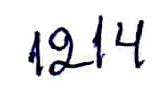
1214